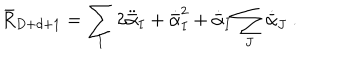
\bar { R } _ { D + d + 1 } = \sum _ { I } 2 \ddot { \bar { \alpha } } _ { I } + \dot { \bar { \alpha } } _ { I } ^ { 2 } + \dot { \bar { \alpha } } _ { I } \sum _ { J } \dot { \bar { \alpha } } _ { J } \ .